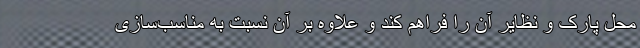
محل پارک و نظایر آن را فراهم کند و علاوه بر آن نسبت به مناسب‌سازی